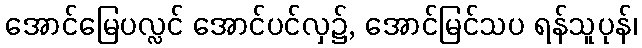
အောင်မြေပလ္လင် အောင်ပင်လှ၌, အောင်မြင်သပ ရန်သူပုန်၊